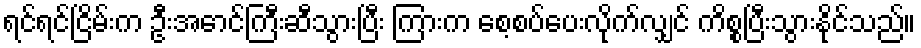
ရင်ရင်ငြိမ်းက ဦးအောင်ကြီးဆီသွားပြီး ကြားက စေ့စပ်ပေးလိုက်လျှင် ကိစ္စပြီးသွားနိုင်သည်။